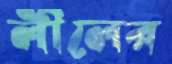
লীলের